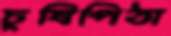
চুষিপিঠা